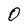
Character: 0